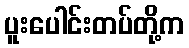
ပူးပေါင်းတပ်တို့က